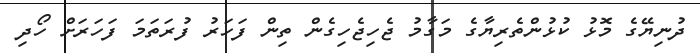
ދުނިޔޭގެ މޮޅު ކުޅުންތެރިޔާގެ މަގާމު ޖެހިޖެހިގެން ތިން ފަހަރު ފުރަތަމަ ފަހަރަށް ހޯދި